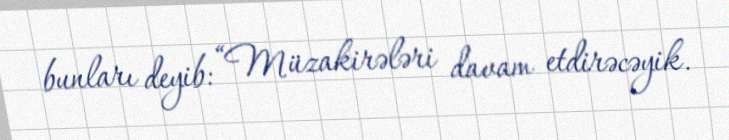
bunları deyib: “Müzakirələri davam etdirəcəyik.